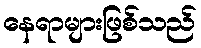
နေရာများဖြစ်သည်